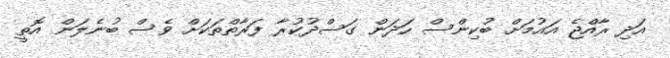
އަދި ރާއްޖެ އައުމަށް ބުކިންސް ހަދަން ގަސްދުކުރާ ފަރާތްތަކަށް ވެސް ބުނެލަން އޮތީ